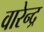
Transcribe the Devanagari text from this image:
वारेन्द्र